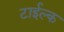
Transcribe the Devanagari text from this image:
टाईल्क